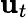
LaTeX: \textbf{u}_{t}